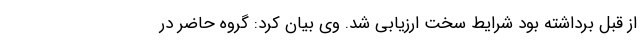
از قبل برداشته بود شرایط سخت ارزیابی شد. وی بیان کرد: گروه حاضر در